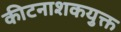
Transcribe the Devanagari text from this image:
कीटनाशकयुक्त